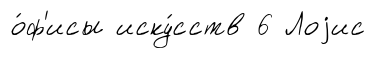
о́ф'исы иску́сств 6 Лоjис